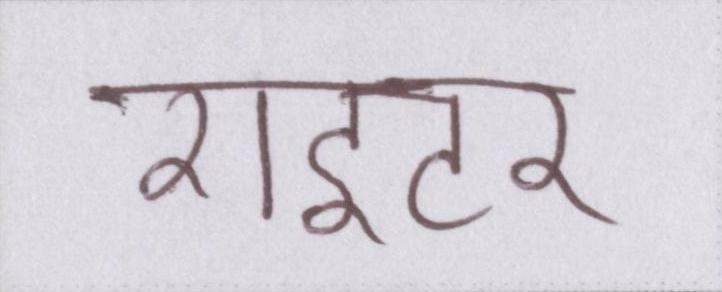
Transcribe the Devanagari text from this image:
राइटर